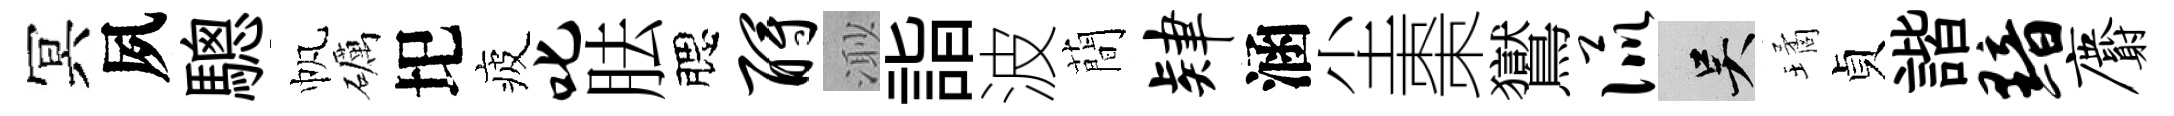
冥夙驄帆礪圯疲叱胠腮酹𣺌詣波蕳肄涵尘棗鸑侃吴璚貞諧黯麝